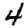
Digit: 4